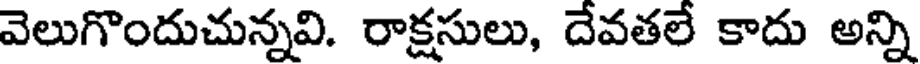
వెలుగొందుచున్నవి. రాక్షసులు, దేవతలే కాదు అన్ని